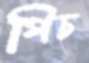
পিচ